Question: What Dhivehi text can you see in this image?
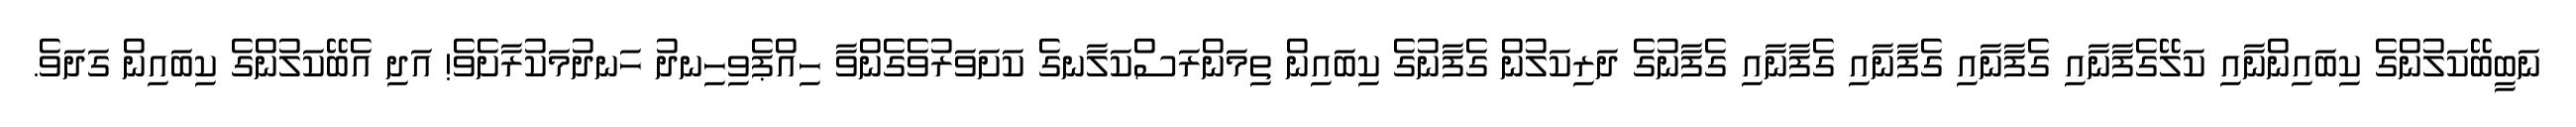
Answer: ނަބީބޭކަލުންގެ ކިބައިންނާއި ކަލޭގެފާނާއި ގެފާނާއި ގެފާނާއި ގެފާނާއި ގެފާނުގެ ދަރިކަލުން ގެފާނުގެ ކިބައިން ތިމަންރަސްކަލާނގެ ކަށަވަރުވެގެންވާ ހިއްޕެވިހިނދު ހަނދުމަކުރާށެވެ! އަދި އެބޭކަލުންގެ ކިބައިން ގަދަވެ.